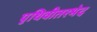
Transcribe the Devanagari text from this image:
पृथिवीतरभेद